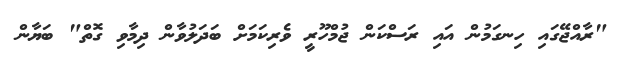
"ރާއްޖޭގައި ހިނގަމުން އައި ރަސްކަން ޖުމްހޫރީ ވެރިކަމަށް ބަދަލުވާން ދިމާވި ގޮތް" ބަޔާން